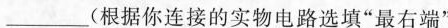
___(根据你连接的实物电路选填"最右端”